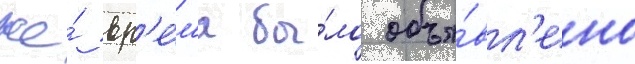
же́ вр'е́м'я бы́ло объя́вл'ено